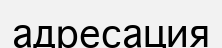
адресация